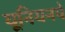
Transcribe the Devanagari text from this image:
यूनियनपे